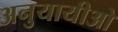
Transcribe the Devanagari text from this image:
अनुयायीओ